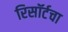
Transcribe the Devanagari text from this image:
रिसॉर्टचा